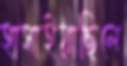
হাসাইয়াছিলে